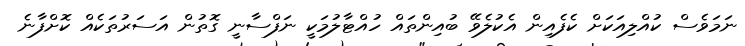
ނަމަވެސް ކުއްލިއަކަށް ކެފެއިން އެކުލެވޭ ބުއިންތައް ހުއްޓާލުމަކީ ނަފްސާނީ ގޮތުން އަސަރުތަކެއް ކޮށްފާނެ